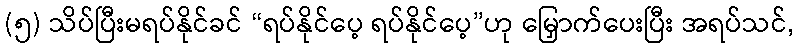
(၅) သိပ်ပြီးမရပ်နိုင်ခင် “ရပ်နိုင်ပေ့ ရပ်နိုင်ပေ့”ဟု မြှောက်ပေးပြီး အရပ်သင်,